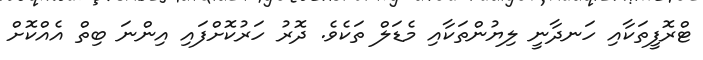
ޓްރޮފީތަކާއި ހަނދާނީ ލިޔުންތަކާއި މެޑަލް ތަކެވެ. ދޮރު ހަރުކޮށްފައި އިންނަ ބިތް އެއްކޮށް